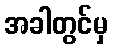
အခါတွင်မှ